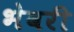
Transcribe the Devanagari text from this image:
भेवरी